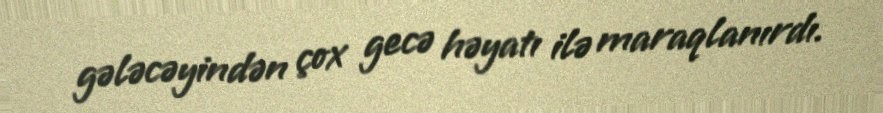
gələcəyindən çox gecə həyatı ilə maraqlanırdı.